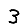
Digit: 3